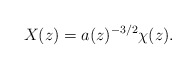
\begin{align*}X(z) = a(z)^{-3/2} \chi(z).\end{align*}